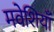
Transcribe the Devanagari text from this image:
मवेशियाँ